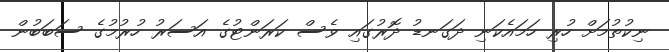
ނިކުތުމަށް ހުރި ހަމައެކަނި ދަގަނޑު ދޮރުގައި ވެސް ކަރަންޓުގެ އަސަރު ހުރުމުގެ ސަބަބުން